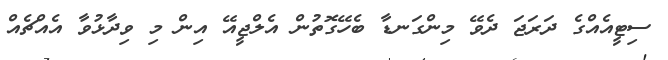
ސިޓީއެއްގެ ދަރަޖަ ދެވޭ މިންގަނޑާ ބެހޭގޮތުން އެލްޖީއޭ އިން މި ވިދާޅުވާ އެއްޗެއް